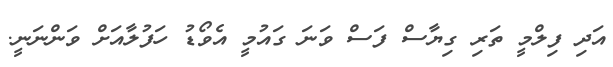
އަދި ފިލްމީ ތަރި ގިޔާސް ފަސް ވަނަ ގައުމީ އެވޯޑު ހަފުލާއަށް ވަންނަނީ.